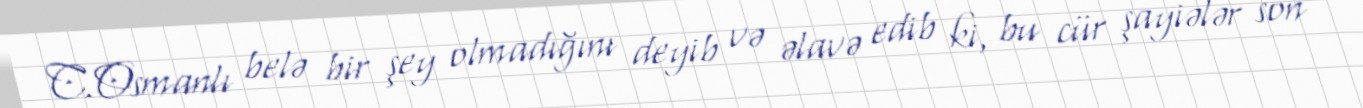
C.Osmanlı belə bir şey olmadığını deyib və əlavə edib ki, bu cür şayiələr son